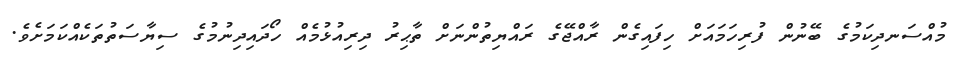
މުއްސަނދިކަމުގެ ބޭނުން ފުރިހަމައަށް ހިފައިގެން ރާއްޖޭގެ ރައްޔިތުންނަށް ތާޙިރު ދިރިއުޅުމެއް ހޯދައިދިނުމުގެ ސިޔާސަތުތަކެއްކަމަށެވެ.